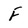
Character: F